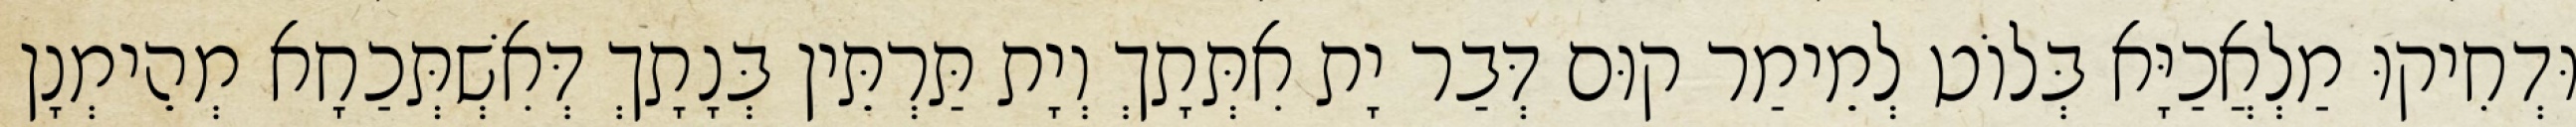
וּדְחִיקוּ מַלְאֲכַיָּא בְּלוֹט לְמֵימַר קוּם דְּבַר יָת אִתְּתָךְ וְיָת תַּרְתֵּין בְּנָתָךְ דְּאִשְׁתְּכַחָא מְהֵימְנָן